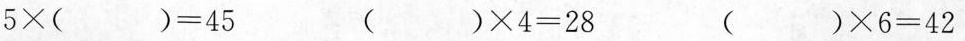
$$5 \times( )= 4 5$$ ( )\times 4= 2 8 )\times 6 = 4 2